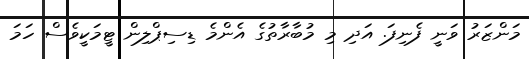
މަންޒަރު ވަނީ ފެނިފަ. އަދި މި މުބާރާތުގެ އެންމެ ޑިސިޕްލިން ޓީމަކީވެސް ހަމަ